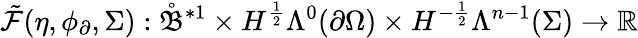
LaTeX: \tilde{\mathcal{F}}(\eta,\phi_{\partial},\Sigma):\mathring{\mathfrak{B}}^{\ast 1}\times H^{\frac{1}{2}}\Lambda^{0}(\partial\Omega)\times H^{-\frac{1}{2}}\Lambda^{n-1}(\Sigma)\to\mathbb{R}